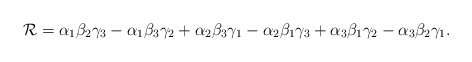
\begin{align*}{\cal R}=\alpha_1 \beta_2 \gamma_3 -\alpha_1 \beta_3 \gamma_2 +\alpha_2 \beta_3 \gamma_1 -\alpha_2 \beta_1 \gamma_3 +\alpha_3 \beta_1 \gamma_2 -\alpha_3 \beta_2 \gamma_1.\end{align*}